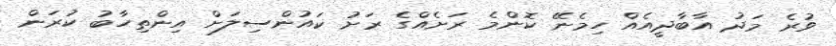
ވުރެ މަދު އާބާދީއެއް ހިމެނޭ ކޮންމެ ރަށެއްގެ ރަށު ކައުންސިލަށް އިންތިހާބު ކުރަން